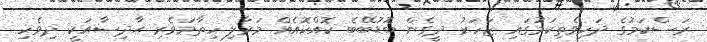
ރަސްކަމުގެ ދަހިވެތިކަމުގައި ޒަހަރު ދީގެން ބޮޑުބޭބެ ކޮއްކޮއެއް މަރާލި ހިތާމަވެރި ޙާދިސާއަކީ ދިވެހި